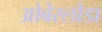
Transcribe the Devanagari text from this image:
ओबेरलौडा